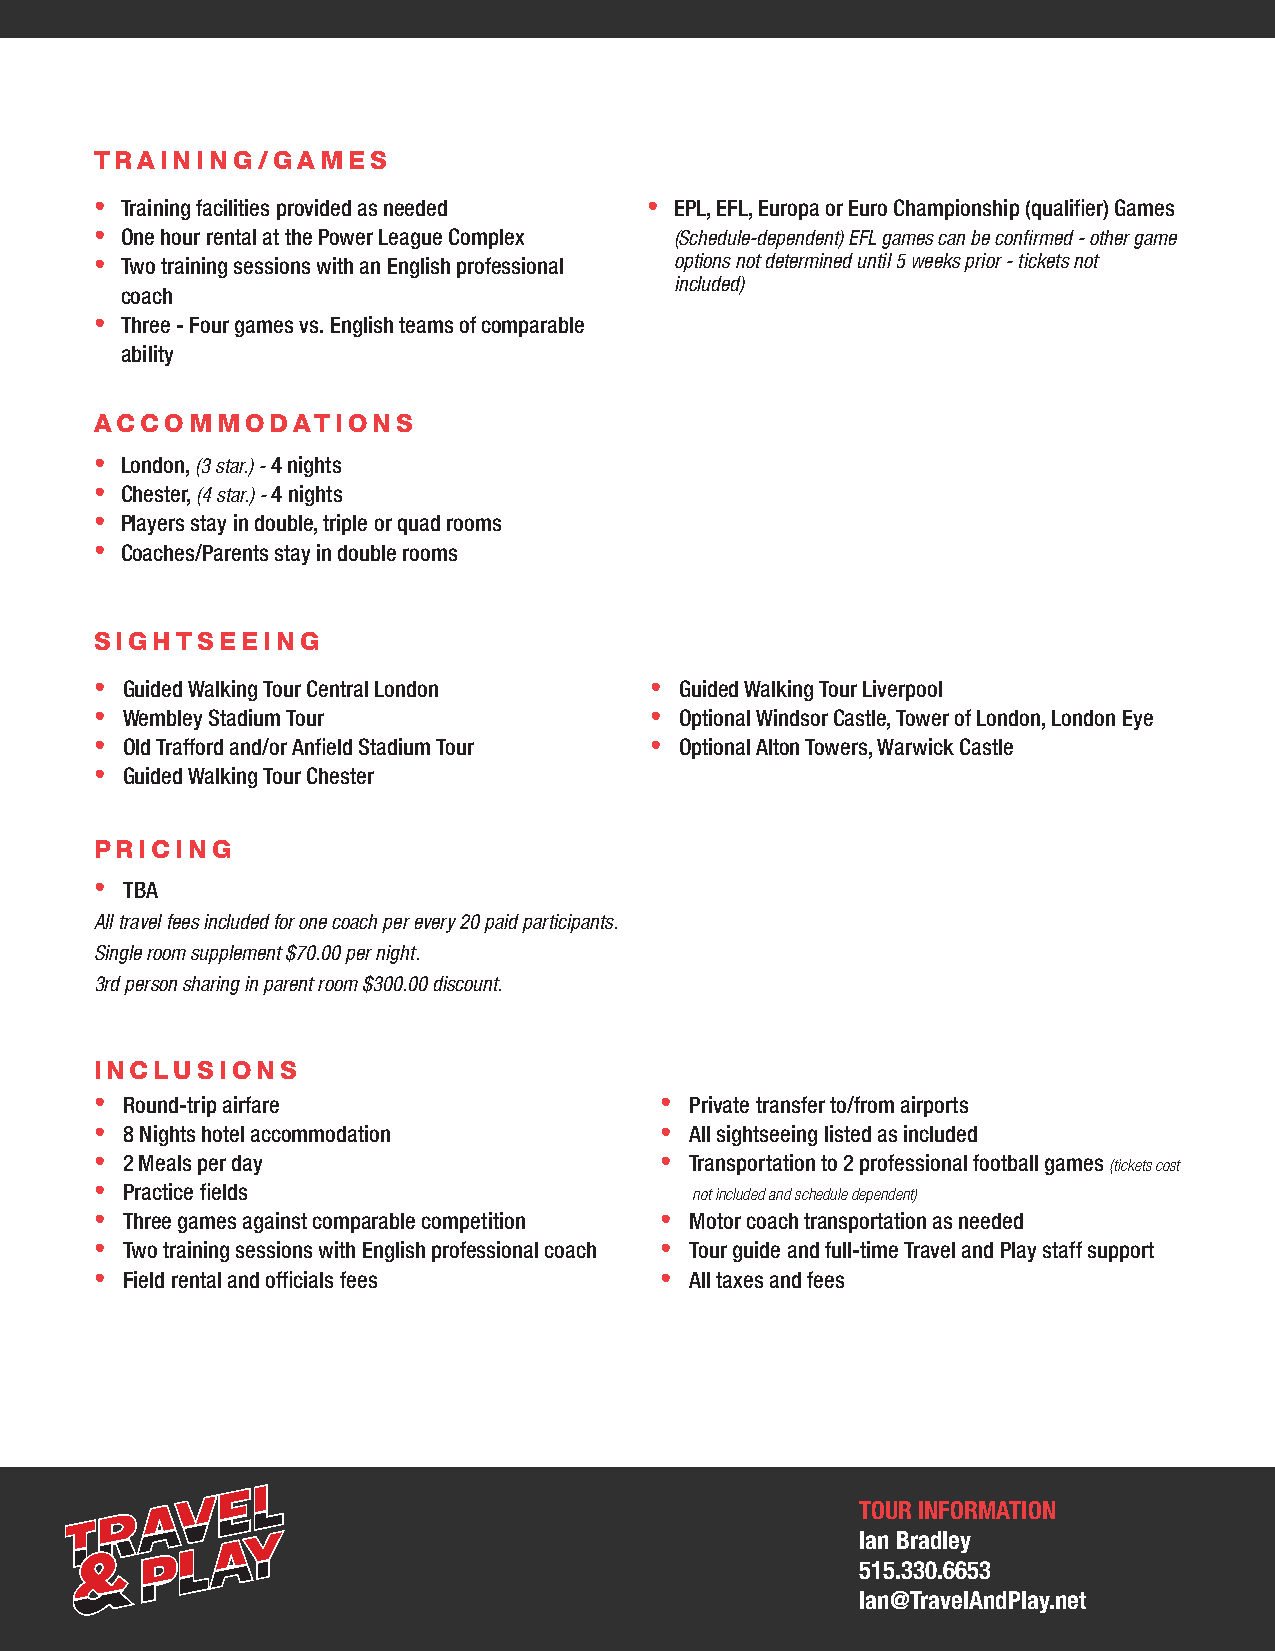
TRAINING/GAMES
 • Training facilities provided as needed • EPL, EFL, Europa or Euro Championship (qualifier) Games
 • One hour rental at the Power League Complex (Schedule-dependent) EFL games can be confirmed - other game
 • Two training sessions with an English professional options not determined until 5 weeks prior - tickets not
 included)
 coach
 • Three - Four games vs. English teams of comparable
 ability
 ACCOMMODATIONS
 • London, (3 star.) - 4 nights
 • Chester, (4 star.) - 4 nights
 • Players stay in double, triple or quad rooms
 • Coaches/Parents stay in double rooms
 SIGHTSEEING
 • Guided Walking Tour Central London • Guided Walking Tour Liverpool
 • Wembley Stadium Tour               • Optional Windsor Castle, Tower of London, London Eye
 • Old Trafford and/or Anfield Stadium Tour • Optional Alton Towers, Warwick Castle
 • Guided Walking Tour Chester
 PRICING
 • TBA
 All travel fees included for one coach per every 20 paid participants.
 Single room supplement $70.00 per night.
 3rd person sharing in parent room $300.00 discount.
 INCLUSIONS
 • Round-trip airfare                  • Private transfer to/from airports
 • 8 Nights hotel accommodation        • All sightseeing listed as included
 • 2 Meals per day                     • Transportation to 2 professional football games (tickets cost
 • Practice fields                       not included and schedule dependent)
 • Three games against comparable competition • Motor coach transportation as needed
 • Two training sessions with English professional coach • Tour guide and full-time Travel and Play staff support
 • Field rental and officials fees     • All taxes and fees
 TOUR INFORMATION
 Ian Bradley
 515.330.6653
 Ian@TravelAndPlay.net